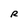
Character: R